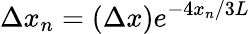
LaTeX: \Delta x_{n}=(\Delta x)e^{-4x_{n}/3L}